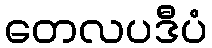
တေလပဒီပံ